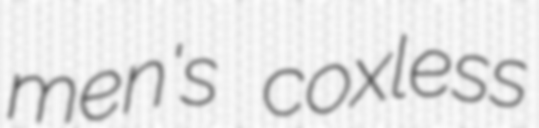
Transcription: men's coxless